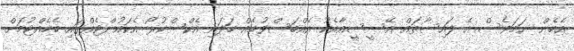
އެހެން ނަމަވެސް އެ ފައިސާތައް އޭސީސީއާއެކު އެއްބަސްވުމެއް ހަދައި އެކްސްކުރޯ އެކައުންޓެއްގައި ބެހެއްޓުމަށް